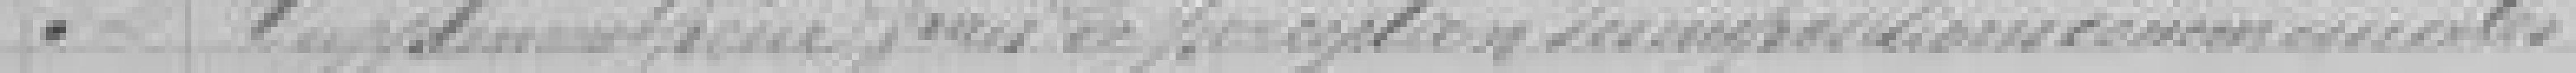
32. Supplément pour frais de perception des impositions communales